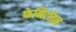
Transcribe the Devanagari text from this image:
फेनिटॉइन